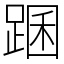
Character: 䠅